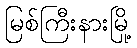
မြစ်ကြီးနားမြို့